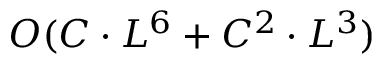
O ( C \cdot L ^ { 6 } + C ^ { 2 } \cdot L ^ { 3 } )